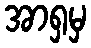
အာရှမှ